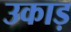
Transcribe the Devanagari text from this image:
उकाड़